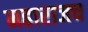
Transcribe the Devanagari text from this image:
महाराजच